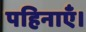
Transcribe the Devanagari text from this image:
पहिनाएँ।